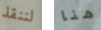
لننقذ هنا